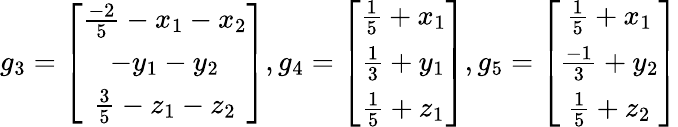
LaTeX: g_{3}=\left[\begin{array}{ccc}{\frac{-2}{5}-x_{1}-x_{2}}\\ {-y_{1}-y_{2}}\\ {\frac{3}{5}-z_{1}-z_{2}}\end{array}\right],g_{4}=\left[\begin{array}{ccc}{\frac{1}{5}+x_{1}}\\ {\frac{1}{3}+y_{1}}\\ {\frac{1}{5}+z_{1}}\end{array}\right],g_{5}=\left[\begin{array}{ccc}{\frac{1}{5}+x_{1}}\\ {\frac{-1}{3}+y_{2}}\\ {\frac{1}{5}+z_{2}}\end{array}\right]